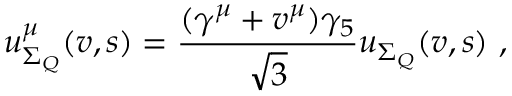
u _ { \Sigma _ { Q } } ^ { \mu } ( v , s ) = \frac { ( \gamma ^ { \mu } + v ^ { \mu } ) \gamma _ { 5 } } { \sqrt { 3 } } u _ { \Sigma _ { Q } } ( v , s ) ~ ,